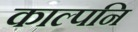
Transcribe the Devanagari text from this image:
काल्पनि